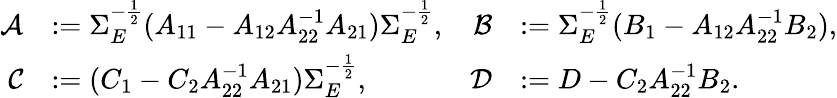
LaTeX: \begin{array}{rlrl}{\mathcal{A}}&{:=\Sigma_{E}^{-\frac{1}{2}}(A_{11}-A_{12}A_{22}^{-1}A_{21})\Sigma_{E}^{-\frac{1}{2}},}&{\mathcal{B}}&{:=\Sigma_{E}^{-\frac{1}{2}}(B_{1}-A_{12}A_{22}^{-1}B_{2}),}\\ {\mathcal{C}}&{:=(C_{1}-C_{2}A_{22}^{-1}A_{21})\Sigma_{E}^{-\frac{1}{2}},}&{\mathcal{D}}&{:=D-C_{2}A_{22}^{-1}B_{2}.}\end{array}